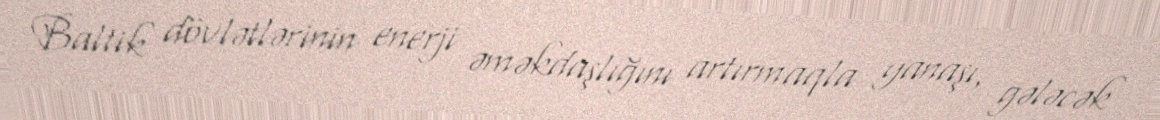
Baltik dövlətlərinin enerji əməkdaşlığını artırmaqla yanaşı, gələcək